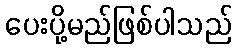
ပေးပို့မည်ဖြစ်ပါသည်